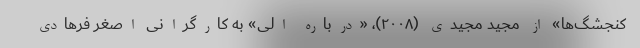
کنجشگ‌ها» از مجید مجیدی (۲۰۰۸)، «درباره الی» به کارگرانی اصغر فرهادی